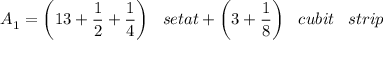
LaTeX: A _ { 1 } = { \bigg ( } 1 3 + { \frac { 1 } { 2 } } + { \frac { 1 } { 4 } } { \bigg ) } \; \; \; s e t a t + { \bigg ( } 3 + { \frac { 1 } { 8 } } { \bigg ) } \; \; \; c u b i t \; \; \; s t r i p